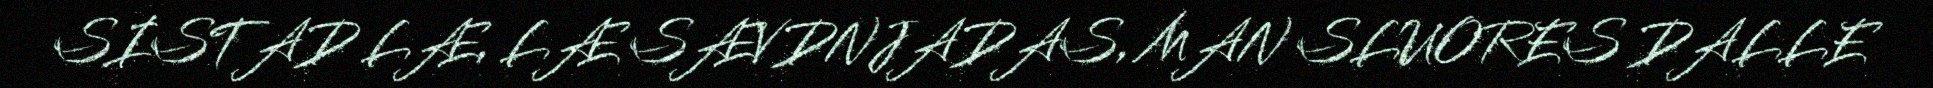
SISTAD LÆ, LÆ SÆVDNJADAS, MAN SLUORES DALLE